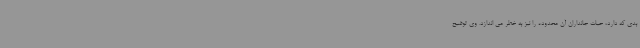
بدی که دارد، حیات جانداران آن محدوده را نیز به خطر می اندازد. وی توضیح